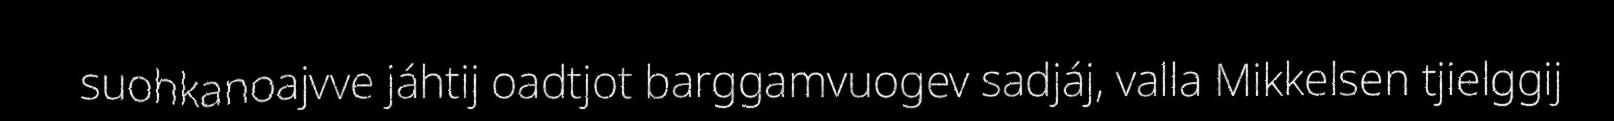
suohkanoajvve jáhtij oadtjot barggamvuogev sadjáj, valla Mikkelsen tjielggij